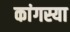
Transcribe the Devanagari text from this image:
कांगस्या